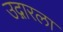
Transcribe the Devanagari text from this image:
उद्गारला